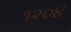
૧૨૦૪